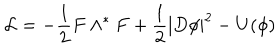
{ \mathcal L } = - \frac { 1 } { 2 } F \wedge ^ { * } F + \frac { 1 } { 2 } | D \phi | ^ { 2 } - U ( \phi )